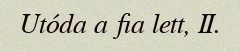
Utóda a fia lett, II.